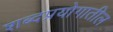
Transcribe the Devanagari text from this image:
शब्दप्रयोगातील